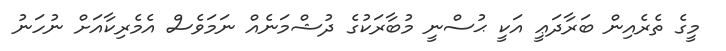
މީގެ ތެރެއިން ބަރާދަޢީ އަކީ ޙުސްނީ މުބާރަކުގެ ދުޝްމަނެއް ނަމަވެސް އެމެރިކާއަށް ނުހަނު